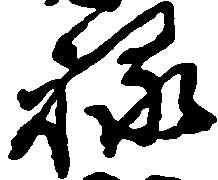
禄